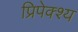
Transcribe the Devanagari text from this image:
प्रिपेक्श्य